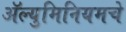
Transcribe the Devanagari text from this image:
ॲल्युमिनियमचे